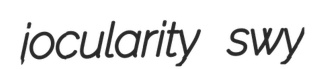
jocularity swy